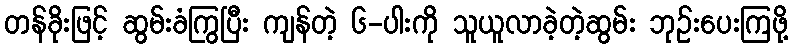
တန်ခိုးဖြင့် ဆွမ်းခံကြွပြီး ကျန်တဲ့ ၆-ပါးကို သူယူလာခဲ့တဲ့ဆွမ်း ဘုဉ်းပေးကြဖို့